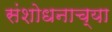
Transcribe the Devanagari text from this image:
संशोधनाच्‍या